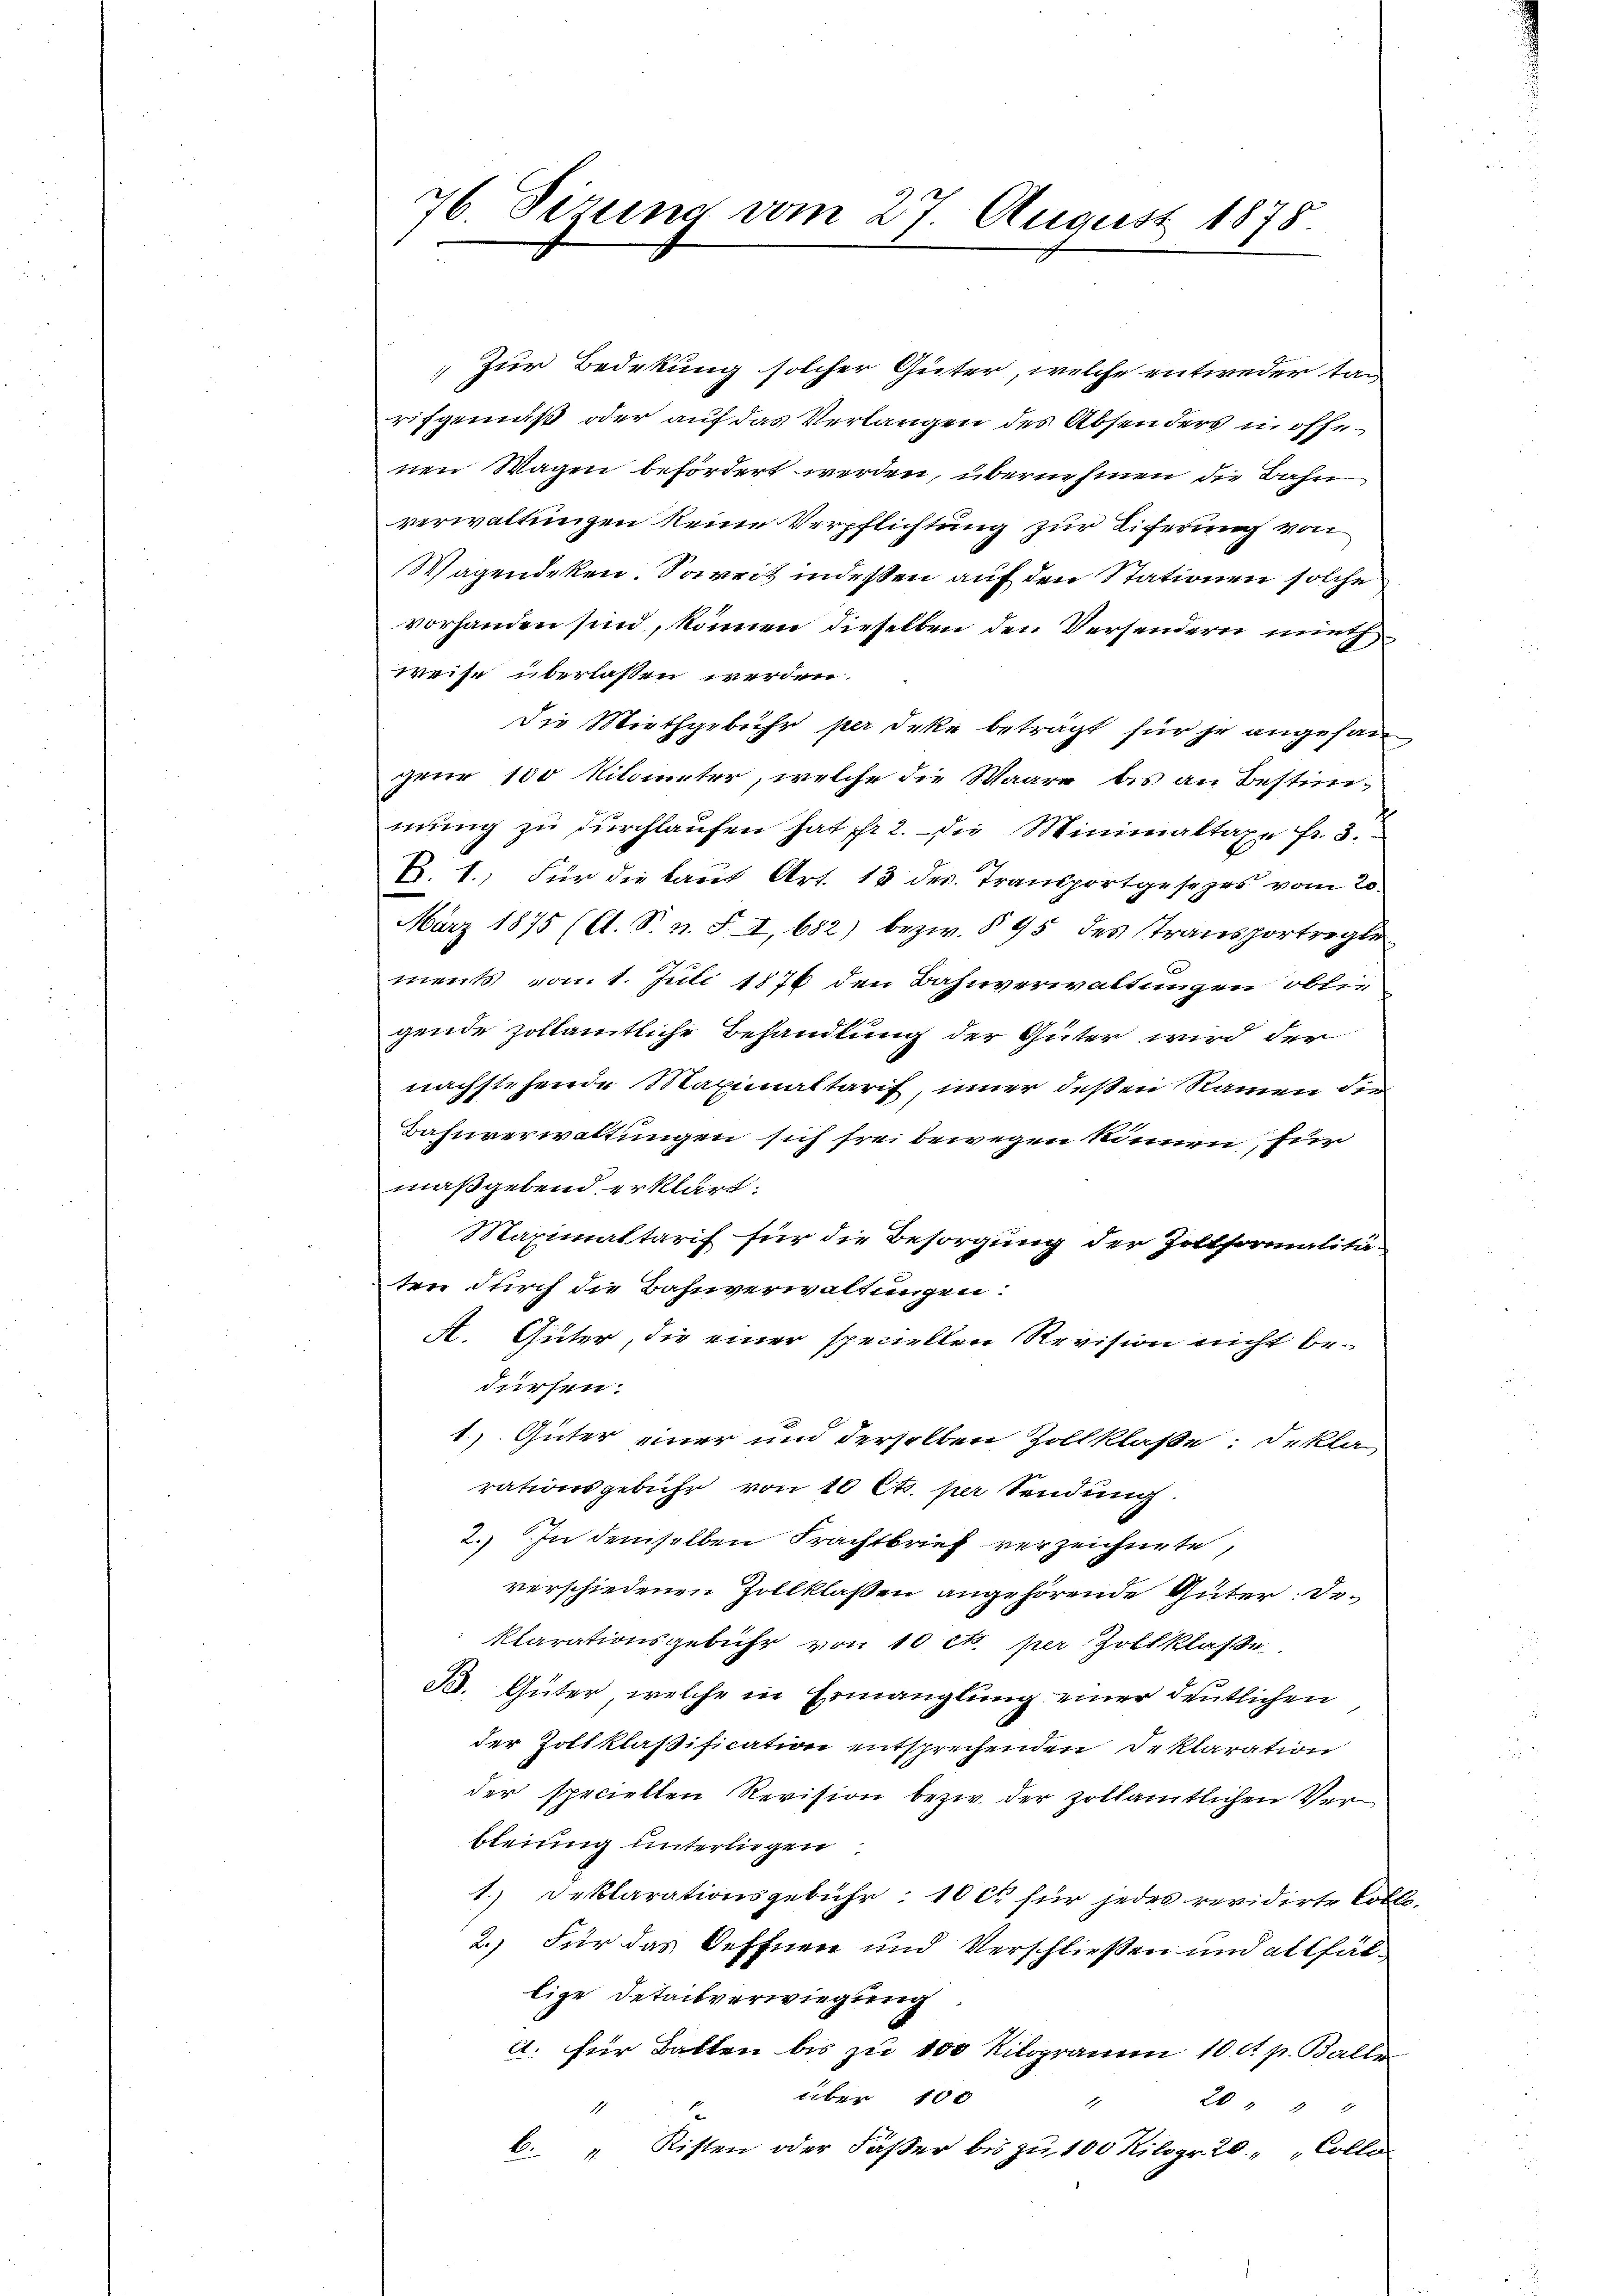
Zur Bedekung solcher Güter, welche entweder tarifgemäß oder auf das Verlangen des Absenders in öffenen Wagen befördert werden, übernehmen die Bahn
verwaltungen keine Verpflichtung zur Eiferung von
Wagendeken. Soweit indessen auf den Stationen solche
vorhanden sind, können dieselben den Versendern mith
weise überlassen werden.
Die Miethgebühr per Irke beträgt für je angesan
gene 100 Kilometer, welche die Waare bis an Bestimmŭng zŭ dŭrchlaŭfen hat fr. 2. die Minimaltaxe fr. 3.
B. 1. Für die laut Art. 13 des Transportgesezes vom 20.
März 1875 (lt. S. n. F. I, 682) bezw. § 95 des Transportregle
ments vom 1. Juli 1876 den Bahnverwaltungen Obligende Zollämtliche Behandlung der Güter wird der
nachstehende Maximaltarif, inner deßen Namen die
Bahnverwaltungen sich frei bewegen können, für
maßgebend erklärt:
Maximaltarif für die Besorgung der Zoltformalitäten durch die Bahnverwaltungen:
A. Güter, die einer speciellen Revision nicht bedürfen.
1) Güter einer und derselben Zollklasse: deklag
rationsgebühr von 10 Cts. per Sendung
2.) In demselben Frachtbrief verzeichnete,
verschiedenen Zollklaßen angehörende Güter: De
klarationsgebühr von 10 et per Zollklasse
B. Güter, welche in Ermanglung einer deutlichen
der Zoltklaßification entsprechenden Deklaration
der speciellen Revision bezw. der zollämtlichen Ver
bleiung unterliegen
1.) Deklarationsgebühr: 10 ct für jedes revidirte Tote
2.) Für das Oeffnen und Verschließen und allfällige Detailverwiegung
e. für Balten bis zu 100 Kilogramm 10 Rp. Balle
über 10 x
20 " " 4
2
b. " Kisten oder Fäßer bis zu 100 Kilogr. 20 " " Colle

76. Sizung vom 27. August 1878.